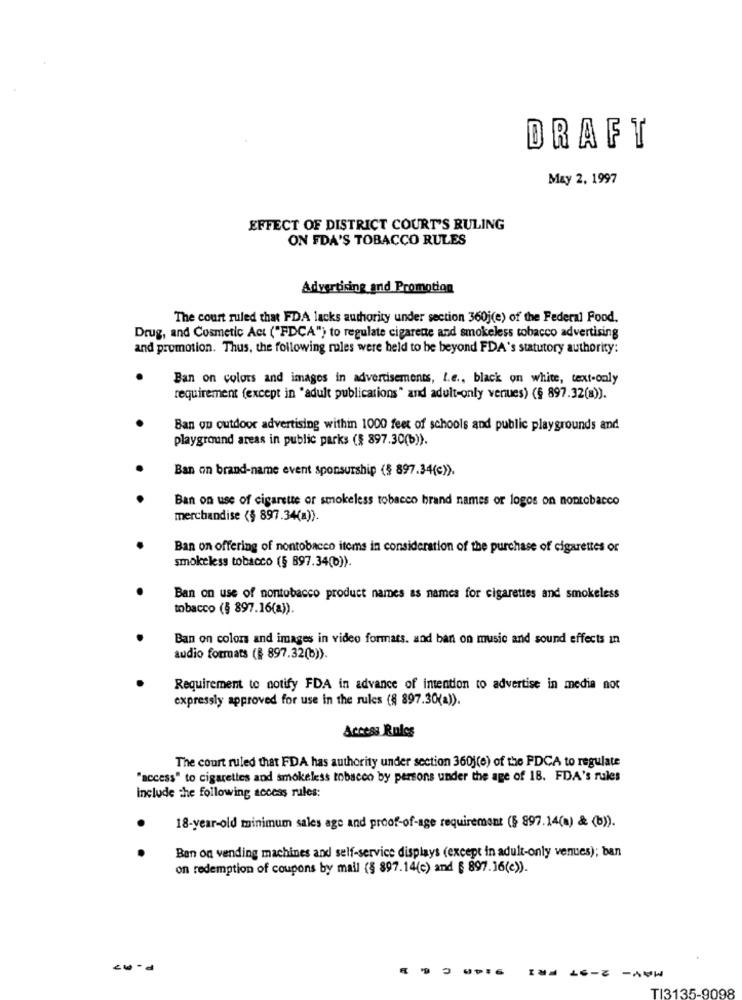
DRAFT
May 2. 1997
EFFECT OF DISTRICT COURT'S RULING
ON FDA'S TOBACCO RULES
Advertising and Promotion
The court ruled that FDA lacks authority under section 360j(e) of the Federal Food.
Drug, and Cosmetic Act ("FDCA") to regulate cigarette and smokeless tobacco advertising
and promotion. Thus, the following rules were held to be beyond FDA's statutory authority:
Ban on colors and images in advertisements, Le ., black on white, text-only
requirement (except in "adult publications" and adult-only venues) (§ 897.32(a)).
Ban on outdoor advertising within 1000 feet of schools and public playgrounds and
playground areas in public parks (§ 897.30(b)).
Ban on brand-name event sponsurship (§ 897.34(c)).
Ban on use of cigarette or smokeless tobacco brand names or logos on nontobacco
merchandise (§ 897.34(a)).
Ban on offering of nontobacco items in consideration of the purchase of cigarettes or
smokeless tobacco (§ 897.34(0)).
Ban on use of nontobacco product names as names for cigarettes and smokeless
tobacco (§ 897.16(a)).
Ban on color and images in video formats. and ban on music and sound effects in
audio formats (§ 897.32(b)).
Requirement to notify FDA in advance of intention to advertise in media not
expressly approved for use in the rules (§ 897.30(a)).
Access Rules
The court ruled that FDA has authority under section 360j(e) of the PDCA to regulate
"access" to cigarettes and smokeless tobacco by persons under the age of 18. FDA's rules
Include the following access rules:
18-year-old minimum sales age and proof-of-age requirement (§ 897.14(a) & (b)).
Ben on vending machines and self-service displays (except in adult-only venues); ban
on redemption of coupons by mall (§ 897.14(e) and § 897.16(e)).
P- 07
MAY- 2-97 FRI
TI3135-9098